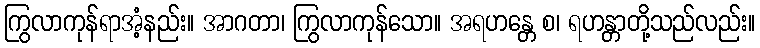
ကြွလာကုန်ရာအံ့နည်း။ အာဂတာ၊ ကြွလာကုန်သော။ အရဟန္တေ စ၊ ရဟန္တာတို့သည်လည်း။